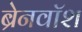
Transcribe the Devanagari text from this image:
ब्रेनवाॅश